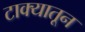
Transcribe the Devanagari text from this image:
टाक्यातून